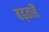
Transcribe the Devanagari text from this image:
बढ़ताहैं